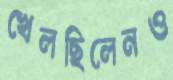
খেলছিলেনও